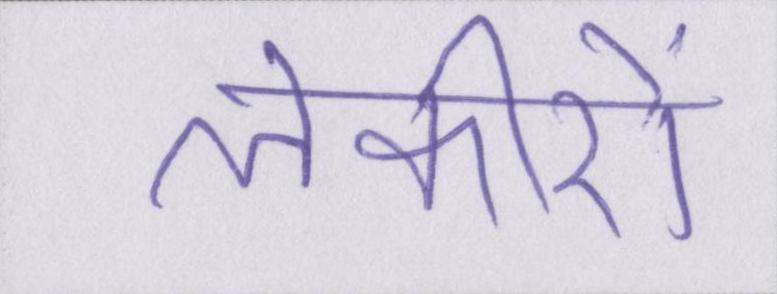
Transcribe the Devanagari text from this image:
लकीरों